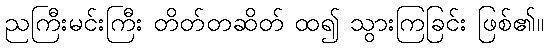
ညကြီးမင်းကြီး တိတ်တဆိတ် ထ၍ သွားကြခြင်း ဖြစ်၏။